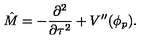
\hat { M } = - \frac { \partial ^ { 2 } } { \partial \tau ^ { 2 } } + V ^ { \prime \prime } ( \phi _ { p } ) .